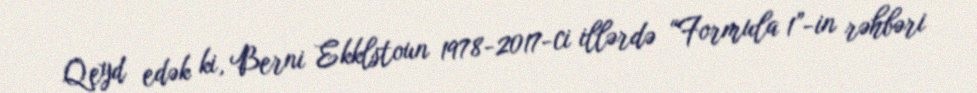
Qeyd edək ki, Berni Ekklstoun 1978-2017-ci illərdə “Formula 1”-in rəhbəri